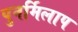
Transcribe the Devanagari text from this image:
पुनर्मिलाप